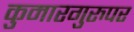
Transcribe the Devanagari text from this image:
कुमारगुरुपर